Report on vaccination in Madras 1922-1929 - 1922-1929
Year: 1922
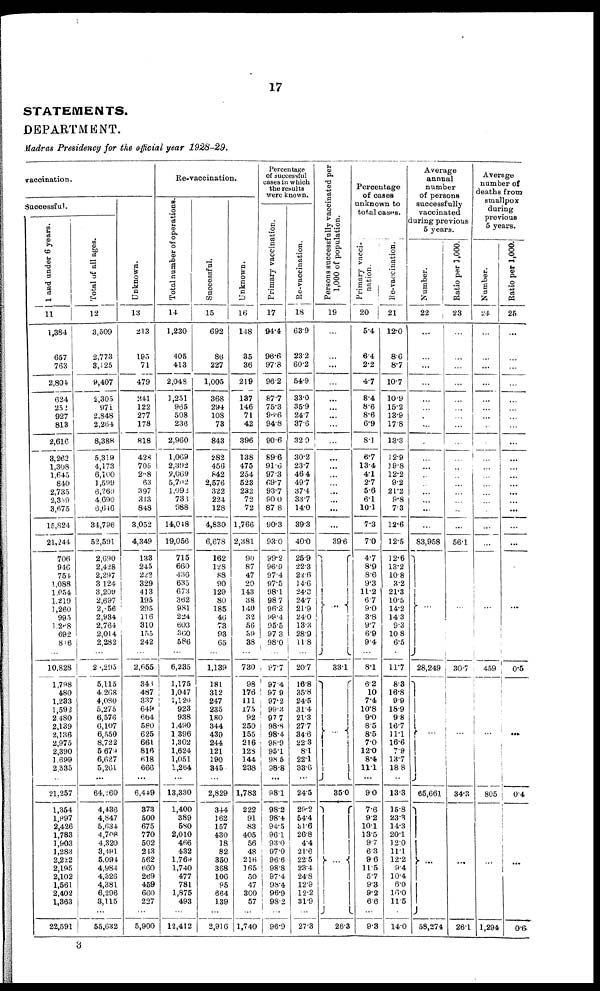
17
STATEMENTS.
DEPARTMENT.
Madras Presidency for the official year 1928-29.
vaccination.
Successful.
1 and under 6 years.
11
1,384
657
763
2,804
624
252
927
813
2,616
3,262
1,308
1,645
840
2,735
2,359
3,675
15,824
21,244
706
946
754
1,088
1,054
1,219
1,260
995
1,268
692
816
...
10,828
1,798
480
1,233
1,592
2,480
2,139
2,136
2,975
2,390
1,699
2,335
...
21,257
1,354
1,997
2,426
1,783
1,903
1,283
2,222
2,195
2,102
1,561
2,402
1,363
...
22,591
Total of all ages.
12
3,509
2,773
3,125
9,407
2,305
971
2,848
2,264
8,388
5,319
4,173
6,100
1,599
6,269
4,690
6,646
34,796
52,591
2,690
2,428
2,297
3,124
3,209
2,697
2,856
2,934
2,764
2,014
2,282
...
21,295
5,115
4,268
4,080
5,275
6,576
6,107
6,550
8,722
5,679
6,627
5,261
...
64,260
4,436
4,847
5,634
4,708
4,320
8,491
5,094
4,984
4,326
4,381
6,296
3,115
...
55,632
Unknown.
13
213
195
71
479
241
122
277
178
818
428
705
268
63
397
313
848
3,052
4,349
133
245
222
329
413
195
295
116
310
155
242
...
2,655
346
487
337
649
664
580
625
661
816
618
666
...
6,449
373
500
675
770
502
243
562
660
269
459
660
227
...
5,900
Re-vaccination.
Total number of operations.
14
1,230
405
413
2,048
1,251
965
508
236
2,960
1,069
2,392
2,069
5,702
1,092
736
988
14,048
19,056
715
660
486
635
673
362
981
224
603
360
586
...
6,235
1,175
1,047
1,120
923
938
1,490
1,396
1,302
1,624
1,051
1,264
...
13,330
1,400
389
580
2,010
466
432
1,769
1,740
477
781
1,875
493
...
12,412
Successful.
15
692
86
227
1,005
368
294
108
73
843
282
456
842
2,576
322
224
128
4,830
6,678
162
128
88
90
129
80
185
46
73
93
65
...
1,139
181
312
247
235
180
344
430
244
121
190
345
...
2,829
344
162
157
430
18
82
350
368
106
95
664
139
...
2,916
Unknown.
16
148
35
36
219
137
146
71
42
396
138
475
254
523
232
72
72
1,766
2,381
90
87
47
20
143
38
140
32
56
39
38
...
730
98
176
111
175
92
250
155
216
128
144
238
...
1,783
222
91
83
405
56
48
216
165
50
47
300
57
...
1,740
Percentage
of successful
cases in which
the results
were known.
Primary vaccination.
17
94.4
96.6
97.8
96.2
87.7
75.3
96.6
94.8
90.6
89.6
91.6
97.3
69.7
93.7
90.0
87.8
90.3
93.0
99.2
96.9
97.4
97.5
98.1
98.7
96.3
99.4
95.5
97.3
98.0
...
97.7
97.4
97.9
97.2
99.3
97.7
98.8
98.4
98.9
95.1
98.5
98.8
...
98.1
98.2
98.4
94.5
96.1
93.0
97.0
96.6
98.8
97.4
98.4
96.9
98.2
...
96.9
Re-vaccination.
13
63.9
23.2
60.2
54.9
33.0
35.9
24.7
37.6
32.9
30.2
23.7
46.4
49.7
37.4
33.7
14.0
39.3
40.0
25.9
22.3
22.6
14.6
24.3
24.7
21.9
24.0
13.3
28.9
11.8
...
20.7
16.8
35.8
24.5
31.4
21.3
27.7
34.6
22.3
8.1
22.1
33.6
...
24.5
29.2
54.4
31.6
26.8
4.4
21.6
22.5
23.4
24.8
12.9
12.2
31.9
...
27.3
Persons successfully vaccinated per
1,000 of population.
19
...
...
...
...
...
...
...
...
...
...
...
...
...
...
...
...
...
39.6
...
33.1
...
35.0
...
26.3
Percentage
of cases
unknown to
total cases.
Primary vacci-
nation.
20
5.4
6.4
2.2
4.7
8.4
8.6
8.6
6.9
8.1
6.7
13.4
4.1
2.7
5.6
6.1
10.1
7.3
7.0
4.7
8.9
8.6
9.3
11.2
6.7
9.0
3.8
9.7
6.9
9.4
...
8.1
6.2
10
7.4
10.8
9.0
8.5
8.5
7.0
12.0
8.4
11.1
...
9.0
7.6
9.2
10.1
13.5
9.7
6.3
9.6
11.5
5.7
9.3
9.2
6.6
...
9.3
Re-vaccination.
21
12.0
8.6
8.7
10.7
10.9
15.2
13.9
17.8
13.3
12.9
19.8
12.2
9.2
21.2
9.8
7.3
12.6
12.5
12.6
13.2
10.8
3.2
21.3
10.5
14.2
14.3
9.3
10.8
6.5
...
11.7
8.3
16.8
9.9
18.9
9.8
16.7
11.1
16.6
7.9
13.7
18.8
...
13.3
15.8
23.3
14.3
20.1
12.0
11.1
12.2
9.4
10.4
6.0
16.0
11.5
...
14.0
Average
annual
number
of persons
successfully
vaccinated
during previous
5 years.
Number.
22
...
...
...
...
...
...
...
...
...
...
...
...
...
...
...
...
...
83,958
...
28,249
...
65,661
...
58,274
Ratio per 1 ,000.
23
...
...
...
...
...
...
...
...
...
...
...
...
...
...
...
...
...
56.1
...
30.7
...
34.3
...
...
26.1
Average
number of
deaths from
smallpox
during
previous
5 years.
Number.
24
...
...
...
...
...
...
...
...
...
...
...
...
...
...
...
...
...
...
...
459
...
805
...
...
1,294
Ratio per 1,000.
25
...
...
...
...
...
...
...
...
...
...
...
...
...
...
...
...
...
...
...
0.5
...
0.4
...
...
0.6
3